Cholera in southern India
Disease focus: Cholera
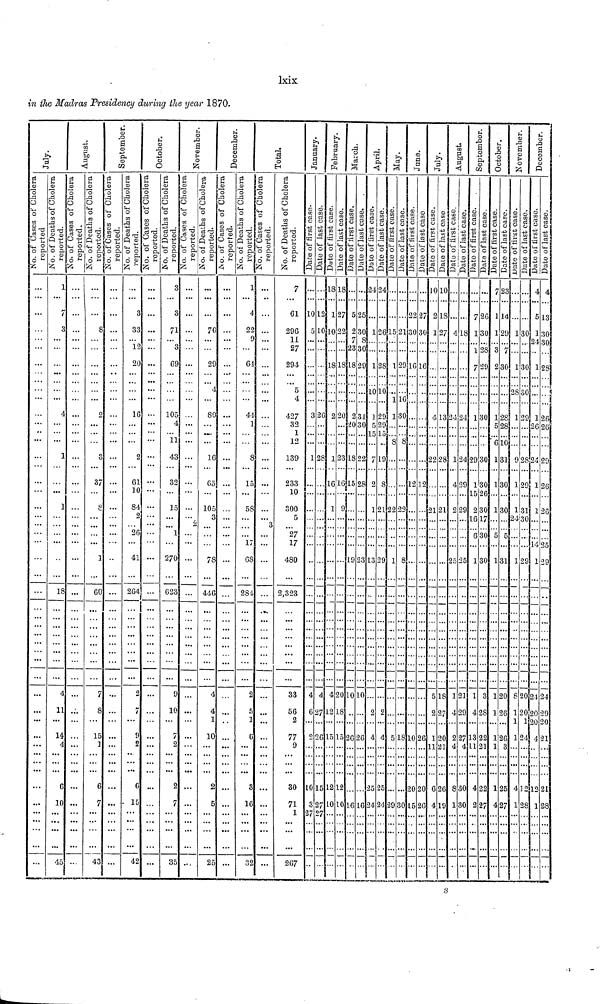
lxix
in the Madras Presidency during the year 1870.
July
No. of Cases of Cholera reported
...
...
...
...
...
...
...
...
...
...
...
...
...
...
...
...
...
...
...
...
...
...
...
...
...
...
...
...
...
...
...
...
...
...
...
...
...
...
...
...
...
...
...
...
...
...
...
...
...
No. of Deaths of Cholera reported
1
...
7
3
...
...
...
...
...
...
...
4
...
...
...
1
...
...
...
1
...
...
...
...
...
...
18
...
...
...
...
...
...
...
...
4
11
...
14
4
...
...
...
6
10
...
...
...
45
August
No. of Cases of Cholera reported.
...
...
...
...
...
...
...
...
...
...
...
...
...
...
...
...
...
...
...
...
...
...
...
...
...
...
...
...
...
...
...
...
...
...
...
...
...
...
...
...
...
...
...
...
...
...
...
...
...
No. of Deaths of Cholera reported
...
...
...
8
...
...
...
...
...
...
...
2
...
...
...
3
...
37
...
8
...
...
...
...
]
...
60
...
...
...
...
...
...
...
...
7
8
...
15
1
...
...
...
6
7
...
...
...
43
September
No. of Cases of Cholera reported
...
...
...
...
...
...
...
...
...
...
...
...
...
...
...
...
...
...
...
...
...
...
...
...
...
...
...
...
...
...
...
...
...
...
...
...
...
...
...
...
...
...
...
...
...
...
...
...
...
No. of Deaths of Cholera reported
...
...
3
33
... 12
20
...
...
...
...
16
...
...
...
2
...
61
10
84
2
...
26
...
41
...
264
...
...
...
...
...
...
...
...
2
7
...
9
2
...
...
...
6
15
...
...
...
42
October
No. of Cases of Cholera reported
...
...
...
...
...
...
...
...
...
...
...
...
...
...
...
...
...
...
...
...
...
...
...
...
...
...
...
...
...
...
...
...
...
...
...
...
...
...
...
...
...
...
...
...
...
...
...
...
...
No. of Deaths of Cholera reported
3
...
3
71
...
3
69
...
...
...
...
105
4
... 11
43
...
32
...
15
...
...
...
...
270
...
623
...
...
...
...
...
...
...
...
9
10
...
7
2
...
...
...
2
7
...
...
...
35
November
No. of Cases of Cholera reported
...
...
...
...
...
...
...
...
...
...
...
...
...
...
...
...
...
...
...
...
...
2
...
...
...
...
...
...
...
...
...
...
...
...
...
...
...
...
...
...
...
...
...
...
...
...
...
...
...
No. of Deaths of Cholera reported
...
...
...
70
...
...
29
...
... 4
...
80
...
...
...
16
...
65
...
105
3
...
...
...
78
...
446
...
...
...
...
...
...
...
...
4
4
1
10
...
...
...
...
2
5
...
...
...
25
December
No. of Cases of Cholera reported
...
...
...
...
...
...
...
...
...
...
...
...
...
...
...
...
...
...
...
...
...
...
...
...
...
...
...
...
...
...
...
...
...
...
...
...
...
...
...
...
...
...
...
...
...
...
...
...
...
No. of Deaths of Cholera reported
1
...
4
22
9
...
61
...
...
...
...
44
1
...
...
8
...
15
...
59
...
...
...
17
68
...
284
...
...
...
...
...
...
...
...
2
5
1
6
...
...
...
...
3
16
...
...
...
32
Total
No. of Cases of Cholera reported
...
...
...
...
...
...
...
...
...
...
...
...
...
...
...
...
...
...
...
...
...
3
...
...
...
...
...
...
...
...
...
...
...
...
...
...
...
...
...
...
...
...
...
...
...
...
...
...
...
No. of Deaths of Cholera reported
7
...
61
296
11
27
294
...
... 5
4
427
32
1
12
139
...
233
10
300
5
...
27
17
480
...
2,323
...
...
...
...
...
...
...
...
33
56
2
77
9
...
...
...
30
71
1
...
...
267
January
Date of First Case.
...
...
10
5
..
...
...
...
...
...
...
3
...
...
...
1
...
...
...
...
...
...
...
...
...
...
...
...
...
...
...
...
...
...
...
4
6
...
2
...
...
...
...
10
3
27
...
...
...
Date of Last Case.
...
...
12
10
..
...
...
...
...
...
...
26
...
...
...
28
...
...
...
...
...
...
...
...
...
...
...
...
...
...
...
...
...
...
...
4
27
...
26
...
...
...
...
15
27
27
...
...
...
February
Date of First Case.
18
...
1
10
...
...
18
...
...
...
...
2
...
...
1
...
16
...
1
...
...
...
...
...
...
...
...
...
...
...
...
...
...
...
4
12
...
15
...
...
...
...
12
10
...
...
...
...
Date of Last Case.
18
...
27
22
...
...
18
...
...
...
...
20
...
...
...
23
...
16
...
9
...
...
...
...
...
...
...
...
...
...
...
...
...
...
...
20
18
...
15
...
...
...
...
12
10
...
...
...
...
March
Date of First Case.
...
...
5
2
7
23
18
...
...
...
...
2
20
...
...
18
...
15
...
...
...
...
...
...
19
...
...
...
...
...
...
...
...
...
...
10
...
...
20
...
...
...
...
...
16
...
...
...
...
Date of Last Case.
...
...
25
30
8
30
29
...
...
...
...
31
30
...
...
22
...
28
...
...
...
...
...
...
23
...
...
...
...
...
...
...
...
...
...
10
...
...
26
...
...
...
...
...
16
...
...
...
...
April
Date of First Case.
24
...
...
1
...
...
1
...
...
10
...
1
5
15
...
7
...
2
...
1
...
...
...
...
13
...
...
...
...
...
...
...
...
...
...
...
2
...
4
...
...
...
...
25
24
...
...
...
...
Date of Last Case.
24
...
...
26
...
...
28
...
...
10
...
29
29
15
...
19
...
8
...
21
...
...
...
...
29
...
...
...
...
...
...
...
...
...
...
...
2
...
4
...
...
...
...
25
24
...
...
...
...
May
Date of First Case.
...
...
...
15
...
...
1
...
...
...
1
1
...
...
8
...
...
...
...
22
...
...
...
...
1
...
...
...
...
...
...
...
...
...
...
...
...
...
5
...
...
...
...
...
29
...
...
...
...
Date of Last Case.
...
...
...
21
...
...
29
...
...
...
16
30
...
...
8
...
...
...
...
22
...
...
...
...
8
...
...
...
...
...
...
...
...
...
...
...
...
...
18
...
...
...
...
...
30
...
...
...
...
June
Date of First Case.
...
...
22
30
...
...
16
...
...
...
...
...
...
...
...
...
...
12
...
...
...
...
...
...
...
...
...
...
...
...
...
...
...
...
...
...
...
...
10
...
...
...
...
20
15
...
...
...
...
Date of Last Case.
...
...
27
30
...
...
16
...
...
...
...
...
...
...
...
...
...
12
...
...
...
...
...
...
...
...
...
...
...
...
...
...
...
...
...
...
...
...
26
...
...
...
...
20
26
...
...
...
...
July
Date of First Case.
10
...
2
1
...
...
.
...
...
...
...
4
...
...
...
22
...
...
...
21
...
...
......
...
...
...
...
...
...
...
...
...
...
...
...
5
2
...
1
11
...
...
...
6
4
...
...
...
...
Date of Last Case.
10
...
18
27
...
...
...
...
...
...
...
13
...
...
...
28
...
...
...
21
...
...
...
...
...
...
...
...
...
...
...
...
...
...
...
18
27
...
20
21
...
...
...
26
19
...
...
...
...
August
Date of First Case.
...
...
...
4
...
...
...
...
...
...
...
24
...
...
...
1
...
4
...
2
...
...
...
...
25
...
...
...
...
...
...
...
...
...
...
1
4
...
2
4
...
...
...
3
1
...
...
...
...
Date of Last Case.
...
...
...
18
...
...
...
...
...
...
...
24
...
...
...
24
...
29
...
29
...
...
...
...
25
...
...
...
...
...
...
...
...
...
...
21
29
...
27
4
...
...
...
30
30
...
...
...
...
September
Date of First Case.
...
...
7
1
...
1
7
...
...
...
...
1
...
...
...
29
...
1
15
2
16
...
6
...
1
...
...
...
...
...
...
...
...
...
...
1
4
...
13
11
...
...
...
4
2
...
...
...
...
Date of Last Case.
...
...
26
30
...
28
29
...
...
...
...
30
...
...
...
30
...
30
26
30
17
...
30
...
30
...
...
...
...
...
...
...
...
...
...
3
28
...
22
21
...
...
...
22
27
...
...
...
...
October
Date of First Case.
7
...
1
1
...
3
2
...
...
...
...
1
5
...
6
1
...
1
...
1
...
...
5
...
1
...
...
...
...
...
...
...
...
...
...
1
1
...
1
1
...
...
...
1
4
...
...
...
...
Date of Last Case.
23
...
14
29
...
7
30
...
...
...
...
28
28
...
10
31
...
30
...
30
...
...
5
...
31
...
...
...
...
...
...
...
...
...
...
20
26
...
26
3
...
...
...
25
27
...
...
...
...
November
Date of First Case.
...
...
...
1
...
...
1
...
...
28
...
1
...
...
...
9
...
1
...
1
24
...
..
...
1
...
...
...
...
...
...
...
...
...
...
8
1
1
1
...
...
...
...
4
1
...
...
...
...
Date of Last Case.
...
...
...
30
...
...
30
...
...
30
...
29
...
...
...
28
...
29
...
31
30
...
...
...
29
...
...
...
...
...
...
...
...
...
...
20
20
1
24
...
...
...
...
13
28
...
...
...
...
December
Date of First Cas
4
...
5
1
24
...
1
...
...
...
...
1
26
...
...
24
...
1
...
1
...
...
...
14
1
...
...
...
...
...
...
...
...
...
...
24
20
20
4
...
...
...
...
12
1
...
...
...
...
Date of Last Ca
4
...
13
30
30
...
28
...
...
...
...
26
26
...
...
29
...
26
...
26
...
...
...
25
29
...
...
...
...
...
...
...
...
...
...
24
29
20
21
...
...
...
...
21
28
...
...
...
...